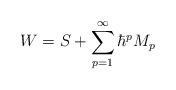
LaTeX: \begin{align*}W=S+\sum\limits_{p=1}^\infty \hbar ^pM_p\end{align*}